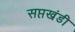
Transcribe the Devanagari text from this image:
सप्तखंडी